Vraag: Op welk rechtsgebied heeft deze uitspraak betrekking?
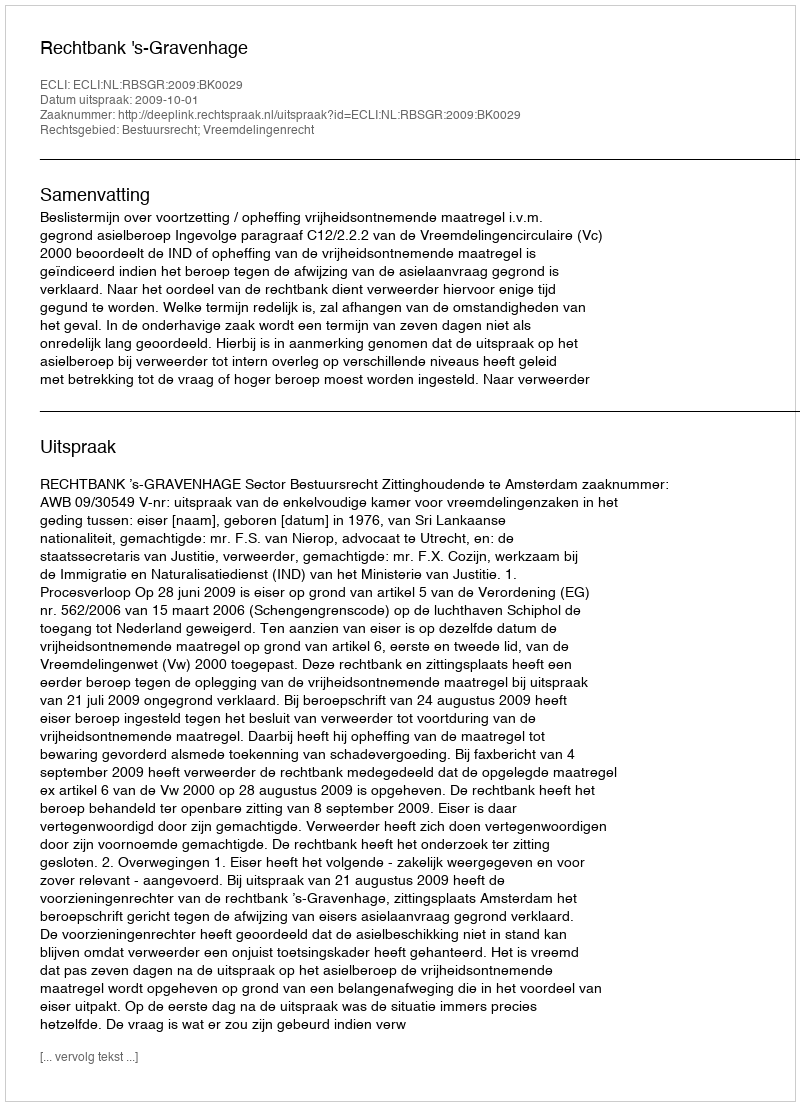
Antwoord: Bestuursrecht; Vreemdelingenrecht